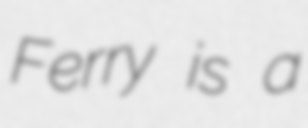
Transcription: Ferry is a